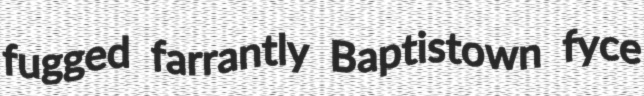
fugged farrantly Baptistown fyce